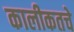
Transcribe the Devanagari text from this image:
कालीकतचे